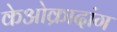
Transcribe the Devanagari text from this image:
केओक्रादांग